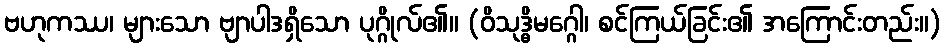
ဗဟုကဿ၊ များသော ဗျာပါဒရှိသော ပုဂ္ဂိုလ်၏။ (ဝိသုဒ္ဓိမဂ္ဂေါ၊ စင်ကြယ်ခြင်း၏ အကြောင်းတည်း။)